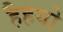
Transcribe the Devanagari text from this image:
हैहयो